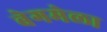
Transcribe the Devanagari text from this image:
बेगमेला